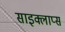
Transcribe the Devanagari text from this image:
साइक्लाप्स